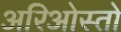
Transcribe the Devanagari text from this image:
अरिओस्तो